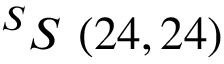
^ { S } S \ ( 2 4 , 2 4 )